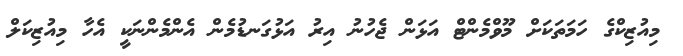
މިއުޒިކްގެ ހަމަތަކަށް މޫވްމެންޓް އަޅަން ޖެހުނު އިރު އަޅުގަނޑުމެން އެންމެންނަކީ އެހާ މިއުޒިކަލް